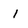
Character: 1